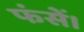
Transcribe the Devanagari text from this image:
फंसें।